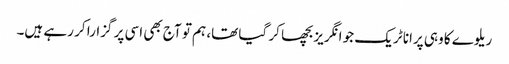
ریلوے کا وہی پرانا ٹریک جو انگریز بچھا کر گیا تھا، ہم تو آج بھی اسی پر گزارا کر رہے ہیں۔